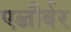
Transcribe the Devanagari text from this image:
एब्जौर्बर